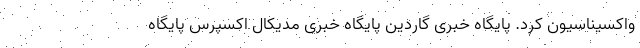
واکسیناسیون کرد. پایگاه خبری گاردین پایگاه خبری مدیکال اکسپرس پایگاه